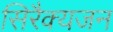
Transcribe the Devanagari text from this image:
सिरैक्यजन